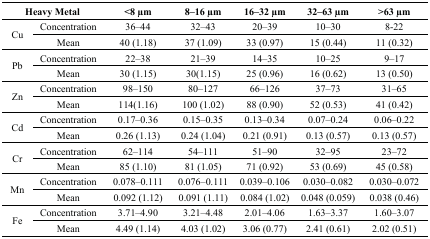
<table><thead><tr><td colspan="2"><b>Heavy Metal</b></td><td><b>&lt;8 μm</b></td><td><b>8–16 μm</b></td><td><b>16–32 μm</b></td><td><b>32–63 μm</b></td><td><b>&gt;63 μm</b></td></tr></thead><tbody><tr><td rowspan="2">Cu</td><td>Concentration</td><td>36–44</td><td>32–43</td><td>20–39</td><td>10–30</td><td>8-22</td></tr><tr><td>Mean</td><td>40 (1.18)</td><td>37 (1.09)</td><td>33 (0.97)</td><td>15 (0.44)</td><td>11 (0.32)</td></tr><tr><td rowspan="2">Pb</td><td>Concentration</td><td>22–38</td><td>21–39</td><td>14–35</td><td>10–25</td><td>9–17</td></tr><tr><td>Mean</td><td>30 (1.15)</td><td>30(1.15)</td><td>25 (0.96)</td><td>16 (0.62)</td><td>13 (0.50)</td></tr><tr><td rowspan="2">Zn</td><td>Concentration</td><td>98–150</td><td>80–127</td><td>66–126</td><td>37–73</td><td>31–65</td></tr><tr><td>Mean</td><td>114(1.16)</td><td>100 (1.02)</td><td>88 (0.90)</td><td>52 (0.53)</td><td>41 (0.42)</td></tr><tr><td rowspan="2">Cd</td><td>Concentration</td><td>0.17–0.36</td><td>0.15–0.35</td><td>0.13–0.34</td><td>0.07–0.24</td><td>0.06–0.22</td></tr><tr><td>Mean</td><td>0.26 (1.13)</td><td>0.24 (1.04)</td><td>0.21 (0.91)</td><td>0.13 (0.57)</td><td>0.13 (0.57)</td></tr><tr><td rowspan="2">Cr</td><td>Concentration</td><td>62–114</td><td>54–111</td><td>51–90</td><td>32–95</td><td>23–72</td></tr><tr><td>Mean</td><td>85 (1.10)</td><td>81 (1.05)</td><td>71 (0.92)</td><td>53 (0.69)</td><td>45 (0.58)</td></tr><tr><td rowspan="2">Mn</td><td>Concentration</td><td>0.078–0.111</td><td>0.076–0.111</td><td>0.039–0.106</td><td>0.030–0.082</td><td>0.030–0.072</td></tr><tr><td>Mean</td><td>0.092 (1.12)</td><td>0.091 (1.11)</td><td>0.084 (1.02)</td><td>0.048 (0.059)</td><td>0.038 (0.46)</td></tr><tr><td rowspan="2">Fe</td><td>Concentration</td><td>3.71–4.90</td><td>3.21–4.48</td><td>2.01–4.06</td><td>1.63–3.37</td><td>1.60–3.07</td></tr><tr><td>Mean</td><td>4.49 (1.14)</td><td>4.03 (1.02)</td><td>3.06 (0.77)</td><td>2.41 (0.61)</td><td>2.02 (0.51)</td></tr></tbody></table>